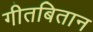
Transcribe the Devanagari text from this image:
गीतबितान